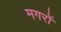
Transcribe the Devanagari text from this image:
मगरों